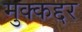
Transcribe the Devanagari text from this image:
मुक्कद्दर